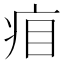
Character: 㾇